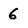
Character: 6